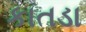
કાતડા